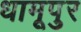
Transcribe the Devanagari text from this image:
धामूपुर